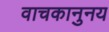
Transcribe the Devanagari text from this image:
वाचकानुनय